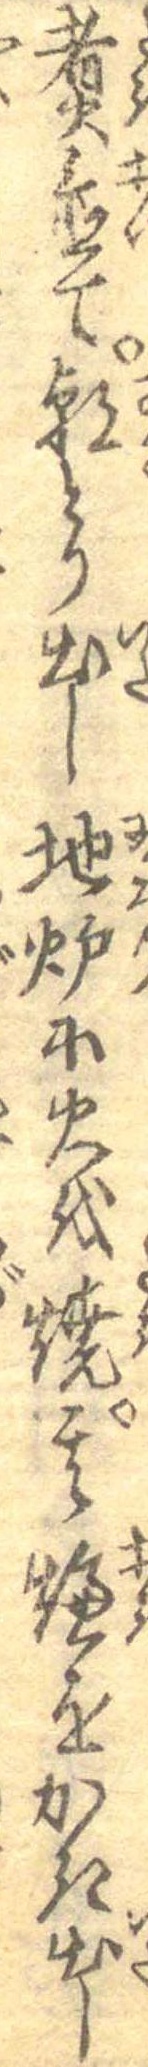
煮置て朝とり出し地炉に火を焼其燠をかき出し